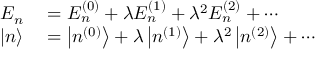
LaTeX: \begin{array} { r l } { E _ { n } } & { { } = E _ { n } ^ { ( 0 ) } + \lambda E _ { n } ^ { ( 1 ) } + \lambda ^ { 2 } E _ { n } ^ { ( 2 ) } + \cdots } \\ { | n \rangle } & { { } = \left| n ^ { ( 0 ) } \right\rangle + \lambda \left| n ^ { ( 1 ) } \right\rangle + \lambda ^ { 2 } \left| n ^ { ( 2 ) } \right\rangle + \cdots } \end{array}